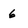
Character: 6